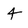
Character: 4